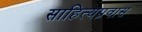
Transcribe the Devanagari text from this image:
साहित्यप्रवास